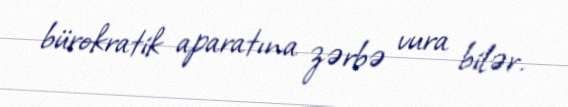
bürokratik aparatına zərbə vura bilər.